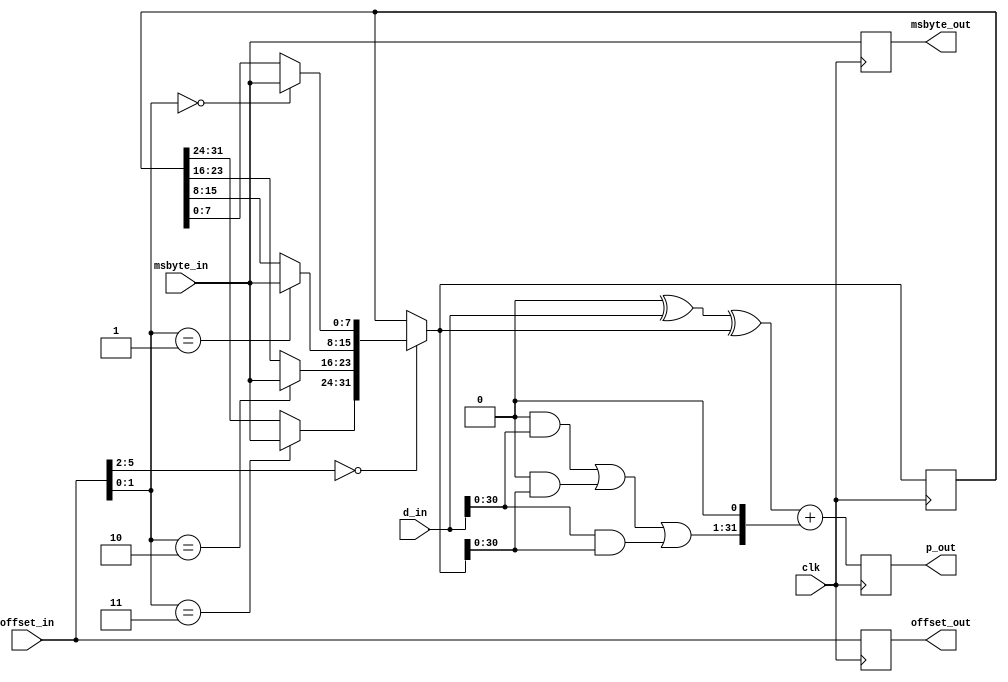

// Created by David Guillen Fandos
// david@davidgf.net
// You may use it as long as you share the sources

`timescale 1ns / 1ps

module md5_pre_stage(
	input         clk,

	input  [31:0] d_in,       // 32 bit D[i-1] (input from prev stage)

	input  [ 5:0] offset_in,  // 6 bit offset[i-1], offset to update
	input  [ 7:0] msbyte_in,  // 8 bit msbyte[i-1], byte to overwrite

	output [ 5:0] offset_out, // 6 bit offset[i]
	output [ 7:0] msbyte_out, // 8 bit msbyte[i]

	output [31:0] p_out       // 32 bit P[i] (replaces A[i])
);

// Parameters to instance the stage
parameter message_number = 0;  // This is our "g"
parameter konstant = 0;   // 32 bit constant (derived form some weird cosine filter)

wire [3:0] word_selector;
wire [1:0] byte_selector;
assign word_selector = offset_in[5:2];
assign byte_selector = offset_in[1:0];

// Message update logic
reg [31:0] message;
reg [31:0] message_merge;

`ifdef VERBOSE
	initial $dumpvars(0, message);
	initial $dumpvars(0, p_out);
`endif

always @(*)
begin
	// Decode the offset overwrite a byte if needed
	// "g" ranges from 15 to 0

	if (word_selector == message_number)
	begin
		// MD5 is little endian!
		message_merge = {
			{(byte_selector == 2'b11) ?
				msbyte_in : message[31:24]},
			{(byte_selector == 2'b10) ?
				msbyte_in : message[23:16]},
			{(byte_selector == 2'b01) ?
				msbyte_in : message[15: 8]},
			{(byte_selector == 2'b00) ?
				msbyte_in : message[ 7: 0]}
		};
	end
	else
		message_merge = message;
end

// Some optimizations! This should help to cut logic by 8% (just a wild guess)
// Last 64 bit bits are almost zero (XXX0 0000 0000 0000)
// Also byte 55 is either zero or 0x80
wire [31:0] message_next = (message_number == 15) ? 0 :
                           (message_number == 14) ? { 23'h0, message_merge[8:3], 3'h0 } :
                           (message_number == 13) ? { message_merge[31:7], 7'h0 } :
                            message_merge;

// P[i] update logic
reg  [31:0] p;
wire [31:0] p_next;

// Use CSA32? Can help to save 1 adder (scarce resource it seems).
// assign p_next = (konstant + d_in) + message_next;

wire [31:0] res_sums;
wire [31:0] res_carry;
assign res_sums  = konstant ^ d_in ^ message_next;
assign res_carry = (konstant & d_in) | (konstant & message_next) | (d_in & message_next);
assign p_next = res_sums + { res_carry[30:0], 1'b0 };

// Update internal state
// This pipestage contains 32+32 + 8+6 bits = 78b

reg [ 5:0] offset;
reg [ 7:0] msbyte;

always @(posedge clk)
begin
	message <= message_next;
	p <= p_next;
	offset <= offset_in;
	msbyte <= msbyte_in;
end

// Output
assign offset_out = offset;
assign msbyte_out = msbyte;
assign p_out = p;

endmodule